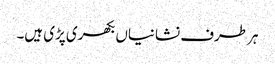
ہر طرف نشانیاں بکھری پڑی ہیں۔